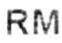
RM